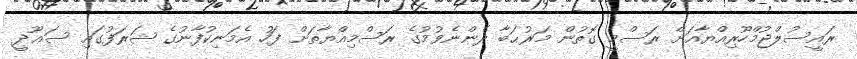
ރައީސުލްޖުމްހޫރިއްޔާއަށް ރަސްމީ ގޮތުން މަރުޙަބާ ދެންނެވުމުގެ ރަސްމިއްޔާތަށް ފަހު އެމަނިކުފާނުގެ ޝަރަފުގައި ސަޢޫދީ